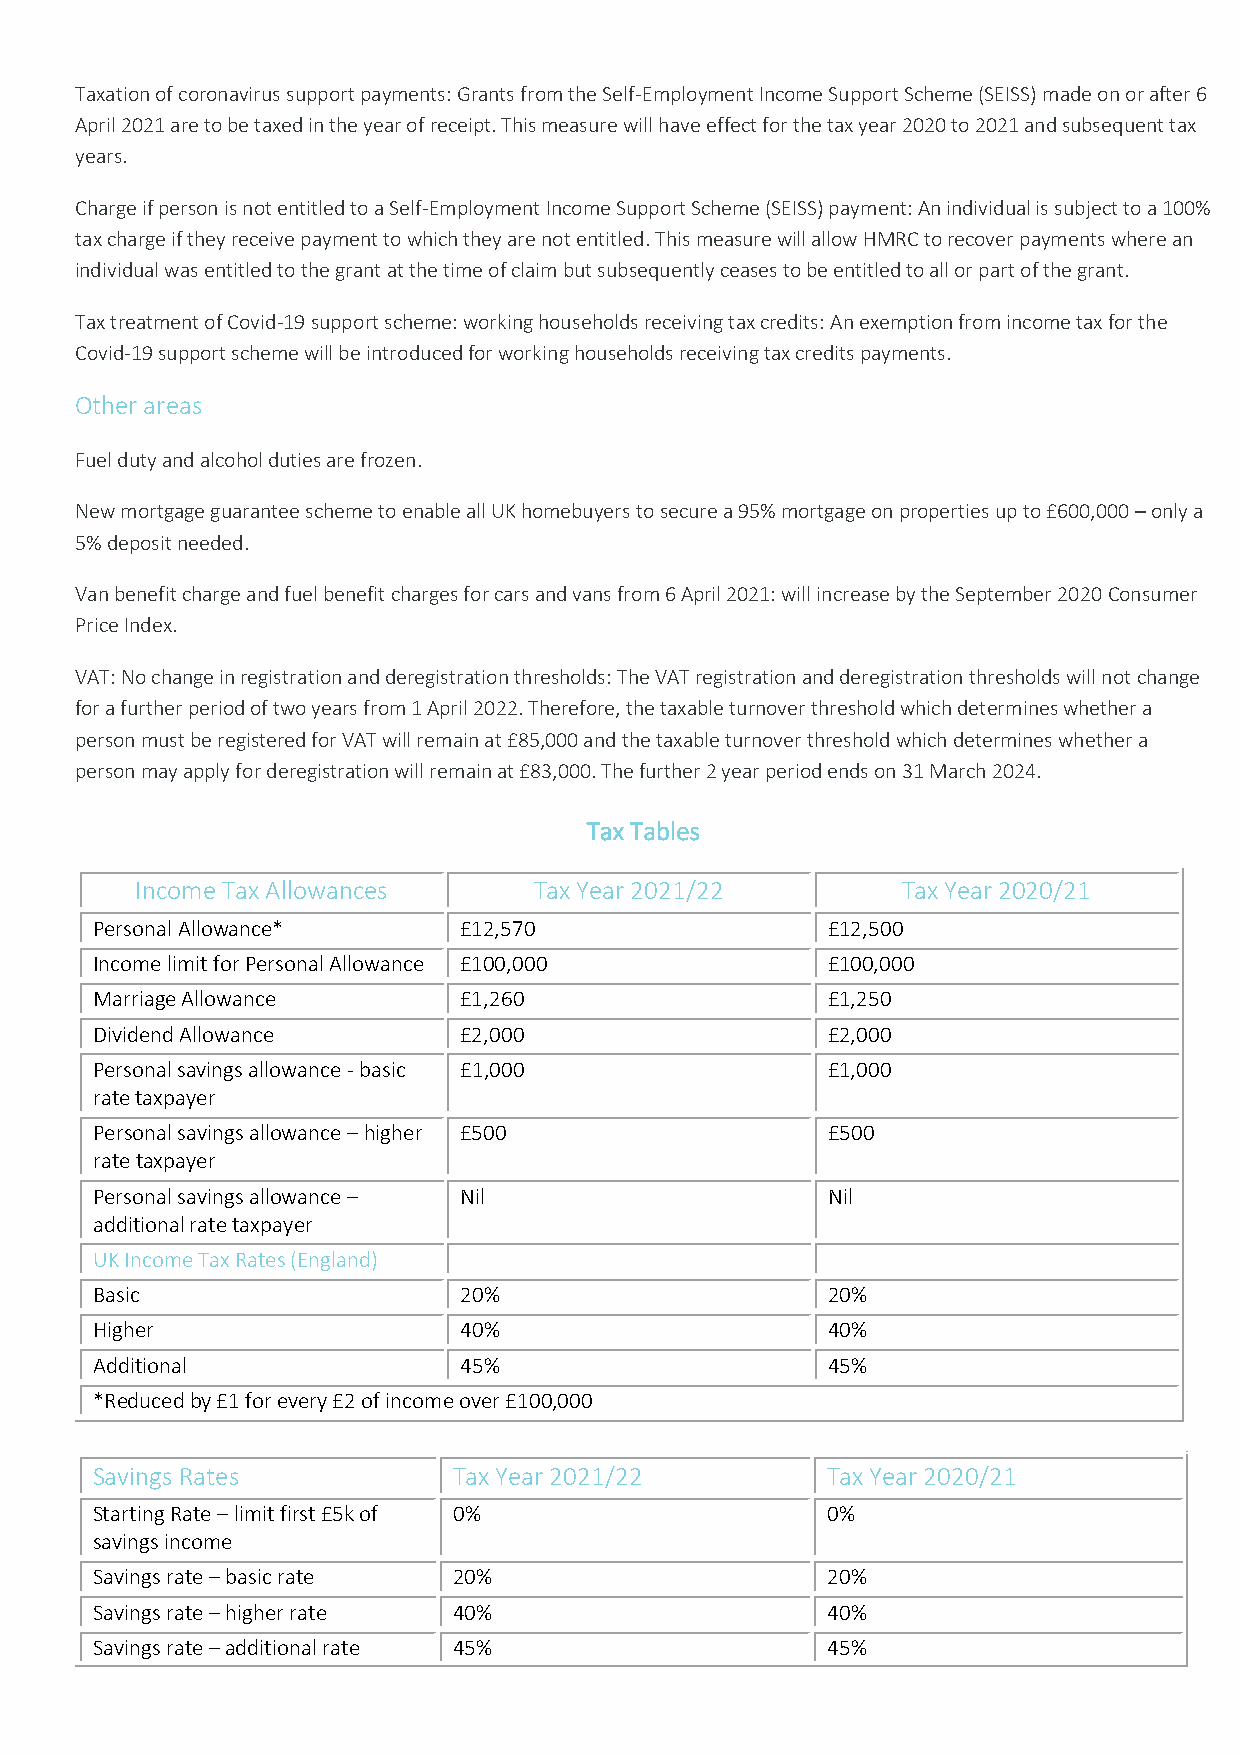
Taxation of coronavirus support payments: Grants from the Self-Employment Income Support Scheme (SEISS) made on or after 6
 April 2021 are to be taxed in the year of receipt. This measure will have effect for the tax year 2020 to 2021 and subsequent tax
 years.
 Charge if person is not entitled to a Self-Employment Income Support Scheme (SEISS) payment: An individual is subject to a 100%
 tax charge if they receive payment to which they are not entitled. This measure will allow HMRC to recover payments where an
 individual was entitled to the grant at the time of claim but subsequently ceases to be entitled to all or part of the grant.
 Tax treatment of Covid-19 support scheme: working households receiving tax credits: An exemption from income tax for the
 Covid-19 support scheme will be introduced for working households receiving tax credits payments.
 Other areas
 Fuel duty and alcohol duties are frozen.
 New mortgage guarantee scheme to enable all UK homebuyers to secure a 95% mortgage on properties up to £600,000 – only a
 5% deposit needed.
 Van benefit charge and fuel benefit charges for cars and vans from 6 April 2021: will increase by the September 2020 Consumer
 Price Index.
 VAT: No change in registration and deregistration thresholds: The VAT registration and deregistration thresholds will not change
 for a further period of two years from 1 April 2022. Therefore, the taxable turnover threshold which determines whether a
 person must be registered for VAT will remain at £85,000 and the taxable turnover threshold which determines whether a
 person may apply for deregistration will remain at £83,000. The further 2 year period ends on 31 March 2024.
 Tax Tables
 Income Tax Allowances     Tax Year 2021/22         Tax Year 2020/21
 Personal Allowance*     £12,570                  £12,500
 Income limit for Personal Allowance £100,000     £100,000
 Marriage Allowance      £1,260                   £1,250
 Dividend Allowance      £2,000                   £2,000
 Personal savings allowance - basic £1,000        £1,000
 rate taxpayer
 Personal savings allowance – higher £500         £500
 rate taxpayer
 Personal savings allowance – Nil                 Nil
 additional rate taxpayer
 UK Income Tax Rates (England)
 Basic                   20%                      20%
 Higher                  40%                      40%
 Additional              45%                      45%
 *Reduced by £1 for every £2 of income over £100,000
 Savings Rates           Tax Year 2021/22         Tax Year 2020/21
 Starting Rate – limit first £5k of 0%            0%
 savings income
 Savings rate – basic rate 20%                    20%
 Savings rate – higher rate 40%                   40%
 Savings rate – additional rate 45%               45%